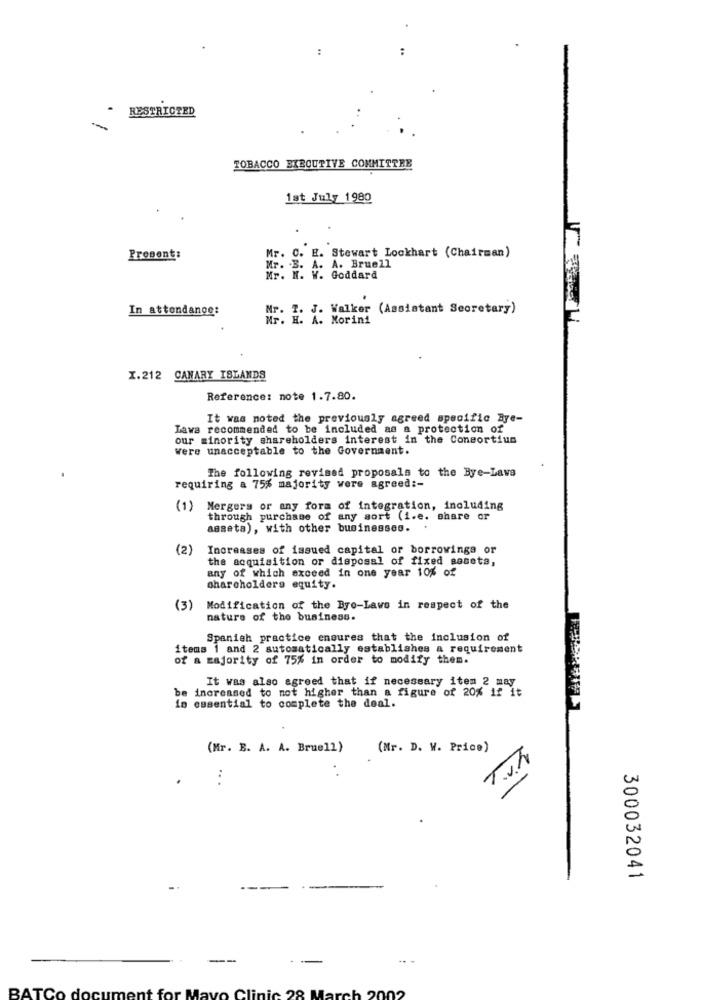
- RESTRICTED
-
TOBACCO EXECUTIVE COMMITTEE
1st July 1980
Prosent:
Mr. C. E. Stewart Lockhart (Chairman)
Mr. B. A. A. Bruell
Mr. M. W. Goddard
In attendance:
Mr. T. J. Walker (Assistant Scoretary)
X.212 CANARY ISLANDS
Reference: note 1.7.80.
It was noted the previously agreed specific Bye-
Lava recommended to be included as a protection of
our minority shareholders interest in the Consortium
were unacceptable to the Government.
The following revised proposals to the Bye-Laws
requiring a 75% majority vere agreed :-
(1) Mergers or any form of integration, including
through purchase of any sort (i.e. share or
asseta), with other businesses. .
(2)
Increases of issued capital or borrowinga or
the acquisition or disposal of fixed assets,
any of which exceed in one year 10% of
shareholders equity.
(3)
Modification of the Byo-Laws in respect of the
nature of the business.
Spanish practice ensures that the inclusion of
items 1 and 2 automatically establishes a requirement
of a majority of 75% in order to modify them.
It was also agreed that if necessary item 2 may
be increased to not higher than a figure of 20% if it
essential to complete the deal.
(Mr. B. A. A. Bruel1)
(Mr. D. W. Price)
T.v.T.
.. .
300032041
---
--
BATCo do
Ma
Clinic 28 March 2002